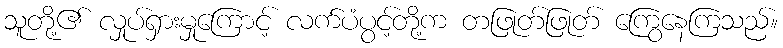
သူတို့၏ လှုပ်ရှားမှုကြောင့် လက်ပံပွင့်တို့က တဖြုတ်ဖြုတ် ကြွေနေကြသည်။